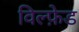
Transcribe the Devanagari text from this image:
विल्फ़ेड